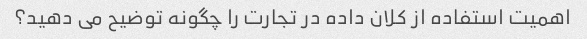
اهمیت استفاده از کلان داده در تجارت را چگونه توضیح می دهید؟